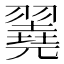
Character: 𦒏